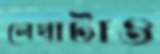
লেখাটাও